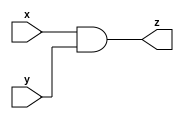
// This program was cloned from: https://github.com/RomeoMe5/DDLM
// License: MIT License

module bitwise_and
#( 
    parameter WIDTH = 8
)
(
    input  [WIDTH - 1:0] x,y,
    output [WIDTH - 1:0] z
);
    assign z = x & y;
endmodule